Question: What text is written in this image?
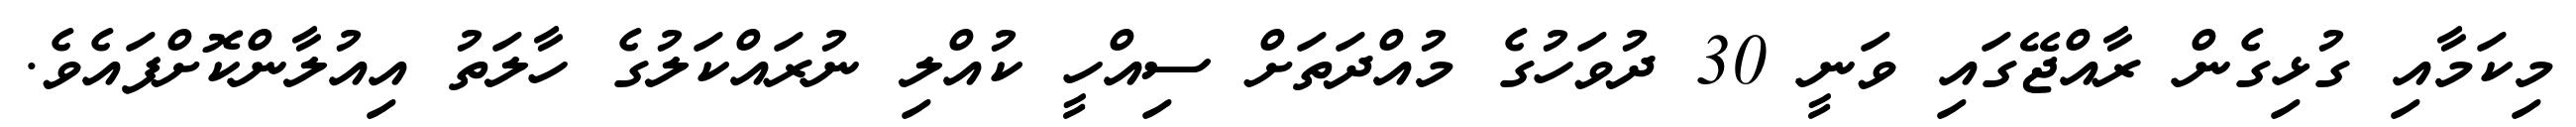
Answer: މިކަމާއި ގުޅިގެން ރާއްޖޭގައި ވަނީ 30 ދުވަހުގެ މުއްދަތަށް ސިއްހީ ކުއްލި ނުރައްކަލުގެ ހާލަތު އިއުލާންކޮށްފައެވެ.